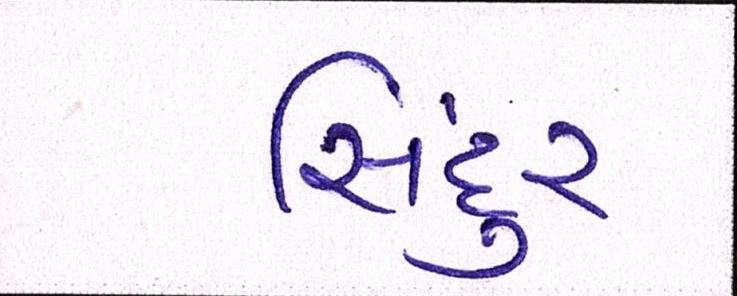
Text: સિંદુર